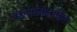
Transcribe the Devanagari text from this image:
कलासंग्रहातील